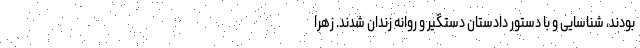
بودند، شناسایی و با دستور دادستان دستگیر و روانه زندان شدند. زهرا